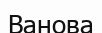
Ванова